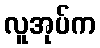
လူအုပ်က